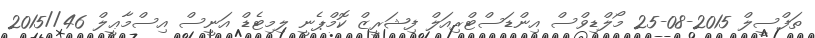
ތަފްސީލް 2015-08-25 މޯލްޑިވްސް އިންޑަސްޓްރިއަލް ފިޝަރީޒް ކޮމްޕެނީ ލިމިޓެޑް އަނީސް އިސްމާޢީލް 46//2015